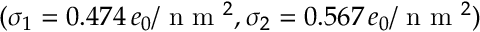
( \sigma _ { 1 } = 0 . 4 7 4 \, e _ { 0 } / \textrm { n m } ^ { 2 } , \sigma _ { 2 } = 0 . 5 6 7 \, e _ { 0 } / \textrm { n m } ^ { 2 } )